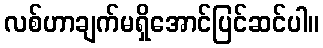
လစ်ဟာချက်မရှိအောင်ပြင်ဆင်ပါ။